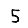
Digit: 5